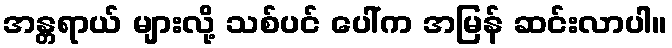
အန္တရာယ် များလို့ သစ်ပင် ပေါ်က အမြန် ဆင်းလာပါ။